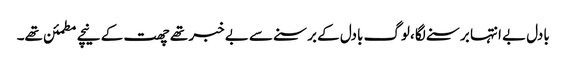
بادل بے انتہا برسنے لگا ،لوگ بادل کے برسنے سے بے خبر تھے چھت کے نیچے مطمئن تھے۔